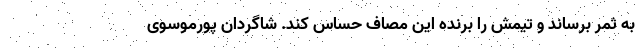
به ثمر برساند و تیمش را برنده این مصاف حساس کند. شاگردان پورموسوی